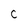
Character: C